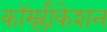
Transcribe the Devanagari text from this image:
कॉम्प्लीकेशन